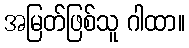
အမြတ်ဖြစ်သူ ဂါထာ။